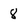
Character: 8